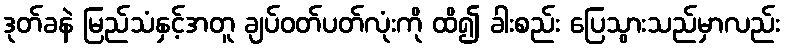
ဒုတ်ခနဲ မြည်သံနှင့်အတူ ချပ်ဝတ်ပတ်လုံးကို ထိ၍ ခါးစည်း ပြေသွားသည်မှာလည်း